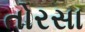
તોરસા